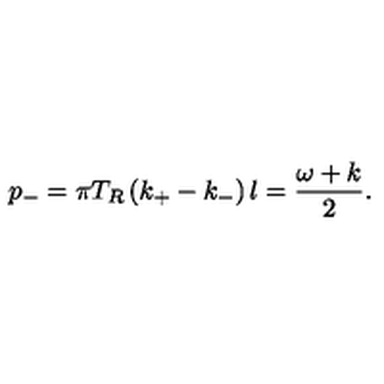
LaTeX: p _ { - } = \pi T _ { R } \left( k _ { + } - k _ { - } \right) l = { \frac { \omega + k } { 2 } } .